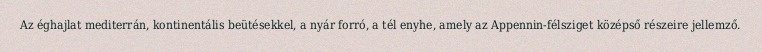
Az éghajlat mediterrán, kontinentális beütésekkel, a nyár forró, a tél enyhe, amely az Appennin-félsziget középső részeire jellemző.